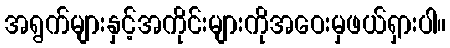
အရွက်များနှင့်အကိုင်းများကိုအဝေးမှဖယ်ရှားပါ။